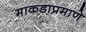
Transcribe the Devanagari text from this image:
माकडाप्रमाणे